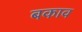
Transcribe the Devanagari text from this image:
बकाव